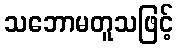
သဘောမတူသဖြင့်